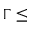
\Gamma \leq